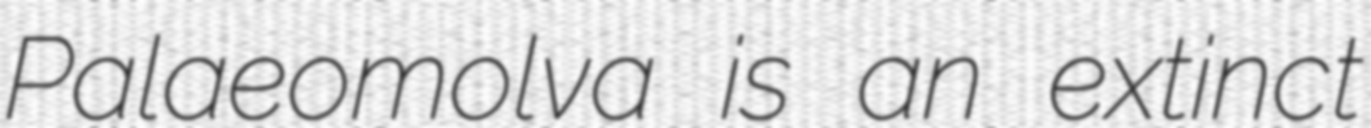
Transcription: Palaeomolva is an extinct